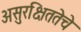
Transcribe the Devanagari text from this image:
असुरक्षिततेचे